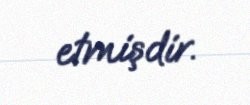
etmişdir.